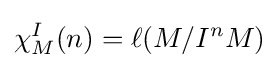
\chi _{M}^{I}(n)=\ell (M/I^{n}M)